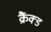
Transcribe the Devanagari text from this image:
क्रैंक्ड